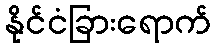
နိုင်ငံခြားရောက်